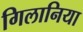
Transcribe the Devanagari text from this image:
गिलानिया